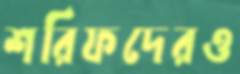
শরিফদেরও